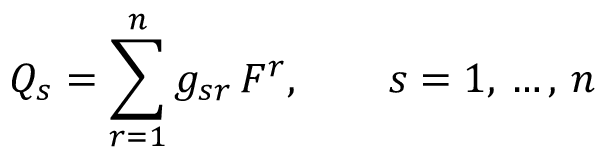
Q _ { s } = \sum _ { r = 1 } ^ { n } g _ { s r } \, F ^ { r } , \qquad s = 1 , \, \ldots , \, n